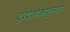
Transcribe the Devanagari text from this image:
दूरदर्शकातूनच